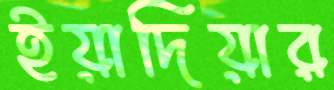
ইয়াদিয়ার